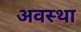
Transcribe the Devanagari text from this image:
अवस्‍था